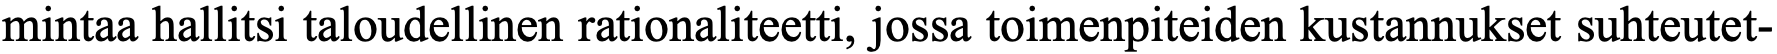
mintaa hallitsi taloudellinen rationaliteetti, jossa toimenpiteiden kustannukset suhteutet-